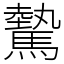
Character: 驇